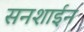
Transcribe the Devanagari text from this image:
सनशाईन